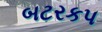
બટરકપ